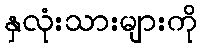
နှလုံးသားများကို